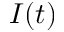
I ( t )